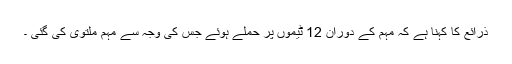
ذرائع کا کہنا ہے کہ مہم کے دوران 12 ٹیموں پر حملے ہوئے جس کی وجہ سے مہم ملتوی کی گئی ۔